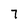
Character: 7